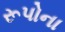
રૂપોના